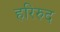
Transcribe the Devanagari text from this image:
हरिरुद